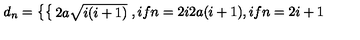
d _ { n } = \left\{ \begin{cases} { 2 a \sqrt { i ( i + 1 ) } } & { , i f n = 2 i } \\ { 2 a ( i + 1 ) } & { , i f n = 2 i + 1 } \\ \end{cases} \right.